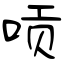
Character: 唝